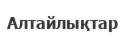
Алтайлықтар